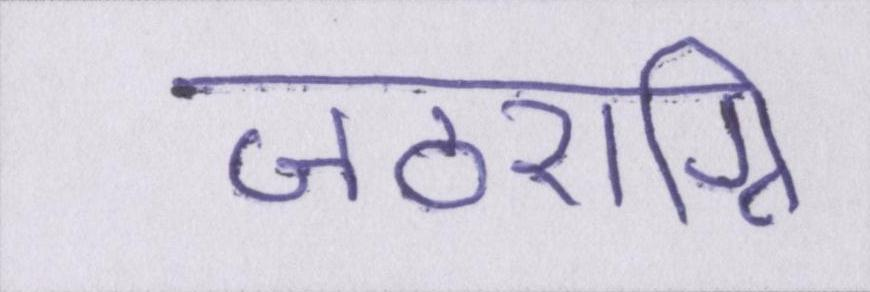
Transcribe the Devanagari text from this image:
जठराग्नि